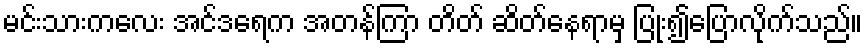
မင်းသားကလေး အင်ဒရေက အတန်ကြာ တိတ် ဆိတ်နေရာမှ ပြုံး၍ပြောလိုက်သည်။